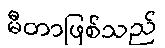
မီတာဖြစ်သည်